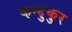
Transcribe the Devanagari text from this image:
कन्दुकुर